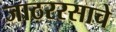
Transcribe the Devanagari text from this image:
जाठररसाचे